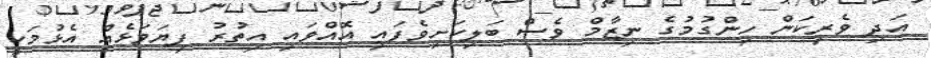
އަދި ވެރިކަން ހިންގުމުގެ ނިޒާމް ވެސް ބަލިކަށިވެފައި އޮއްވައި އިތުރު ފިޔަވަޅެއް އެޅުމަކީ